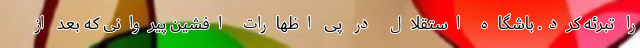
را تبرئه کرد. باشگاه استقلال در پی اظهارات افشین پیروانی که بعد از